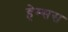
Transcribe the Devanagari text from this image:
हेम्सस